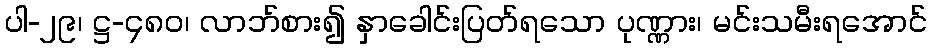
ပါ-၂၉၊ ဋ္ဌ-၄၈၀၊ လာဘ်စား၍ နှာခေါင်းပြတ်ရသော ပုဏ္ဏား၊ မင်းသမီးရအောင်